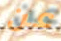
عن